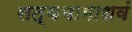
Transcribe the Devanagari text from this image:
सत्यभामाधवं